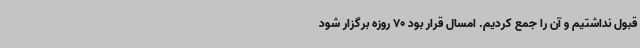
قبول نداشتیم و آن را جمع کردیم. امسال قرار بود 70 روزه برگزار شود